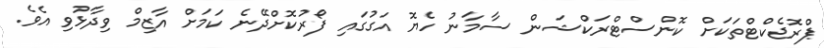
ޕްރޮޖެކްޓްތަކަށް ކޮންސްޓްރަކްޝަން ސާމާނު ހެޔޮ އަގުގައި ފޯރުުކޮށްދޭނެ ކަމަށް އާޒިމް ވިދާޅުވި އެވެ.